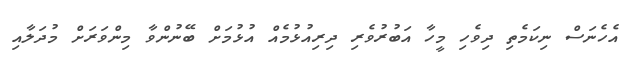
އެހެނަސް ނިކަމެތި ދިވެހި މީހާ އަބުރުވެރި ދިރިއުޅުމެއް އުޅުމަށް ބޭނުންވާ މިންވަރަށް މުދަލާއި